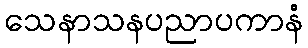
သေနာသနပညာပကာနံ